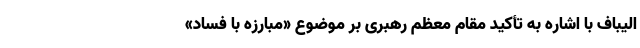
الیباف با اشاره به تأکید مقام معظم رهبری بر موضوع «مبارزه با فساد»